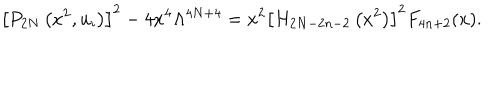
LaTeX: \left[ P _ { 2 N } \left( x ^ { 2 } , u _ { i } \right) \right] ^ { 2 } - 4 x ^ { 4 } \Lambda ^ { 4 N + 4 } = x ^ { 2 } \left[ H _ { 2 N - 2 n - 2 } \left( x ^ { 2 } \right) \right] ^ { 2 } F _ { 4 n + 2 } ( x ) .